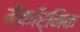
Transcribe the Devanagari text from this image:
मैकॉर्मिक